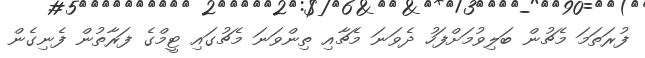
ފުރަތަމަ މެޗުން ބަލިވުމަށްފަހު ދެވަނަ މެޗާއި ތިންވަނަ މެޗުގައި ޓީމްގެ ފަރާތުން ފެނިގެން